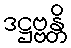
ဒဋ္ဌဗ္ဗန္တိ